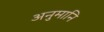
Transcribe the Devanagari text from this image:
अनुमानि